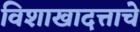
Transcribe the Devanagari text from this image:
विशाखादत्ताचे